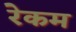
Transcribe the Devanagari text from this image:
रेकम